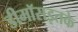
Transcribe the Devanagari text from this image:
डीमॉसइतके